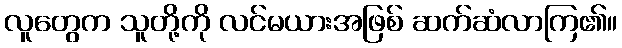
လူတွေက သူတို့ကို လင်မယားအဖြစ် ဆက်ဆံလာကြ၏။